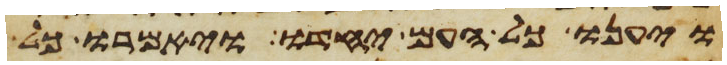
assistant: ויענו כל העם יחדו ויאמרו כל